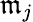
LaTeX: \mathfrak{m}_{j}